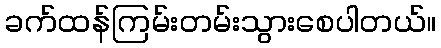
ခက်ထန်ကြမ်းတမ်းသွားစေပါတယ်။